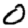
Digit: 0